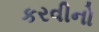
કરવીનો